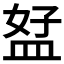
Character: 𥁨